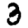
Digit: 3